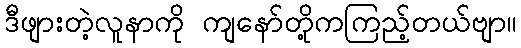
ဒီဖျားတဲ့လူနာကို ကျနော်တို့ကကြည့်တယ်ဗျာ။